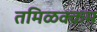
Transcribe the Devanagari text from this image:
तमिळक्कम